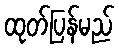
ထုတ်ပြန်မည်